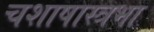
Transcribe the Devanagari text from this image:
चशाषास्त्रभा